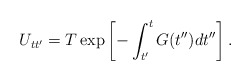
\begin{align*}U_{tt'} = T \exp \left[ -\int^{t}_{t'} G(t'')dt''\right].\end{align*}